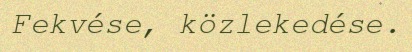
Fekvése, közlekedése.